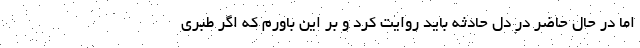
اما در حال حاضر در دل حادثه باید روایت کرد و بر این باورم که اگر طبری